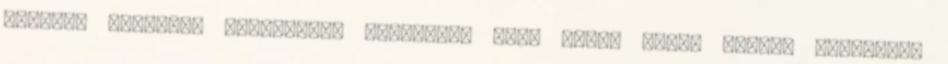
ismerős mesélte: szomszédos országban ebéd utáni erdei sétára indultak.